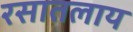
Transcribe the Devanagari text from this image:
रसातलाय